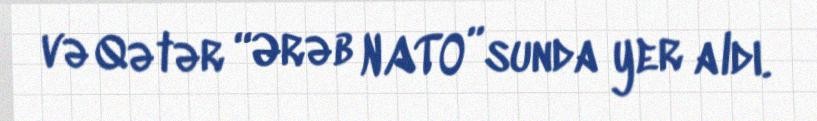
və Qətər “Ərəb NATO”sunda yer aldı.